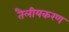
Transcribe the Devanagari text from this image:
तैलीयकरण